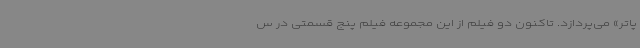
پاتر» می‌پردازد. تاکنون دو فیلم از این مجموعه فیلم پنج قسمتی در س